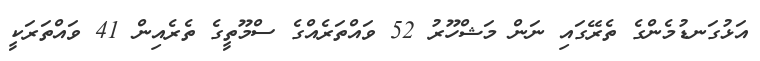
އަޅުގަނޑުމެންގެ ތެރޭގައި ނަން މަޝްހޫރު 52 ވައްތަރެއްގެ ސްމޫތީގެ ތެރެއިން 41 ވައްތަރަކީ